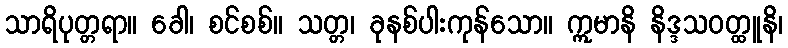
သာရိပုတ္တရာ။ ခေါ၊ စင်စစ်။ သတ္တ၊ ခုနစ်ပါးကုန်သော။ ဣမာနိ နိဒ္ဒသဝတ္ထူနိ၊